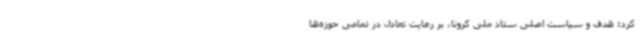
کرد: هدف و سیاست اصلی ستاد ملی کرونا، بر رعایت تعادل در تمامی حوزه‌ها